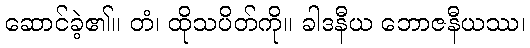
ဆောင်ခဲ့၏။ တံ၊ ထိုသပိတ်ကို။ ခါဒနီယ ဘောဇနီယဿ၊